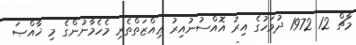
މާޗް 12 1972 ދުވަހުގެ އިރު އޮއްސުނުއިރު ޢިއްޒަތްތެރި މެހެމާނުންގެ މި ޚާއްޞަ